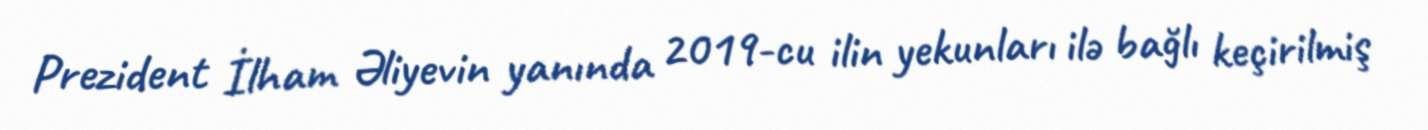
Prezident İlham Əliyevin yanında 2019-cu ilin yekunları ilə bağlı keçirilmiş